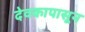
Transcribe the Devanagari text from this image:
देवकापासून